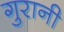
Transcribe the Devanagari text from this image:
गुरानी